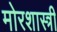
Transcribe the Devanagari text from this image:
मोरशास्त्री